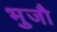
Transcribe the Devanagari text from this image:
भुजौ